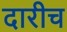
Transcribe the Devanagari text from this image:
दारीच